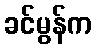
ခင်မွန်က